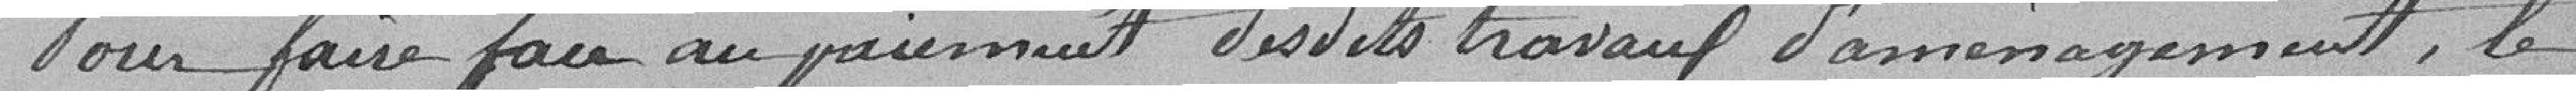
Pour faire face au paiement desdits travaux d'aménagement, le